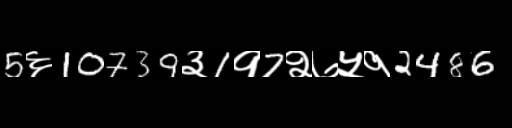
Text: 5६10739३1१7२७५१2486